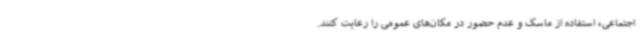
اجتماعی، استفاده از ماسک و عدم حضور در مکان‌های عمومی را رعایت کنند.